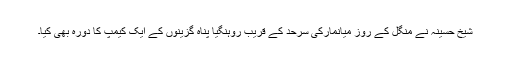
شیخ حسینہ نے منگل کے روز میانمارکی سرحد کے قریب روہنگیا پناہ گزینوں کے ایک کیمپ کا دورہ بھی کیا۔